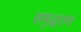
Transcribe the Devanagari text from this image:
समृद्धतम